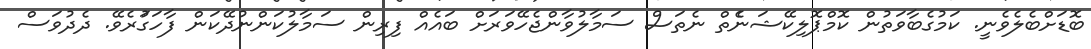
ބޮޑަށްބެލެވެނީ. ކަމުގެބާވަތުން ކޮމްޕޮލިކޭޝަނެެތް ނެތަސް ސަމާލުވާންޖެހޭވަރަށް ބައެެއް ފިރިން ސަމާލުކަންނުދޭކަން ފާހަގަުރެވޭ. ދެދުވަސް